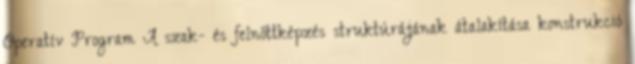
Operatív Program A szak- és felnőttképzés struktúrájának átalakítása konstrukció